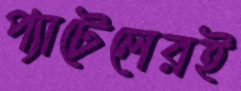
প্যাটেলেরই